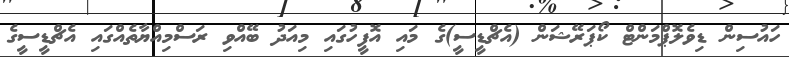
ހައުސިން ޑިވެލޮޕްމަންޓް ކޯޕަރޭޝަން (އެޗްޑީސީ)ގެ މައި އޮފީހުގައި މިއަދު ބޭއްވި ރަސްމިއްޔާތެއްގައި އެޗްޑީސީގެ